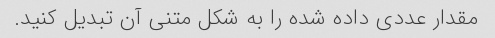
مقدار عددی داده شده را به شکل متنی آن تبدیل کنید.